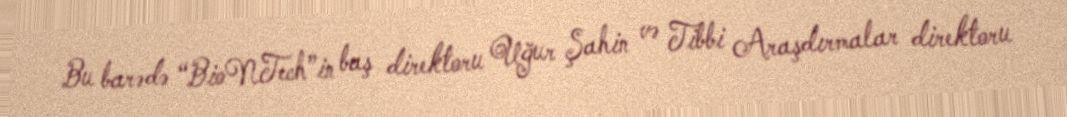
Bu barədə “BioNTech”in baş direktoru Uğur Şahin və Tibbi Araşdırmalar direktoru